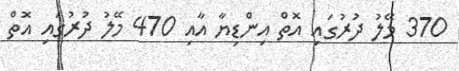
370 މޭލު ދުރުގައި އޮތް އިންޑިޔާ އާއި 470 މޭލު ދުރުގައި އޮތް